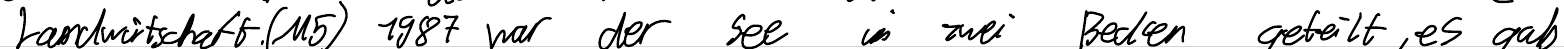
Landwirtschaft. (M5) 1987 war der See in zwei Becken geteilt, es gab